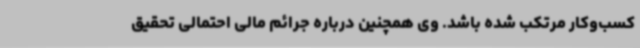
کسب‌وکار مرتکب شده باشد. وی همچنین درباره جرائم مالی احتمالی تحقیق